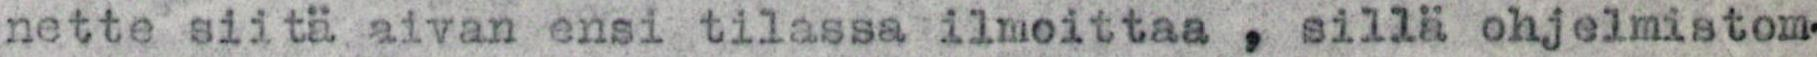
nette siitä aivan ensi tilassa ilmoittaa , sillä ohjelmistom-